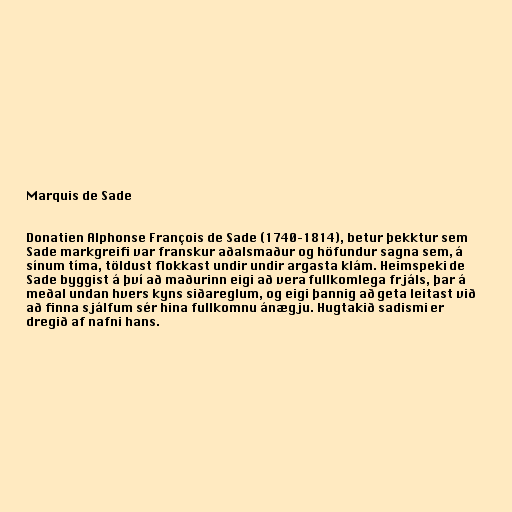
Marquis de Sade

Donatien Alphonse François de Sade (1740–1814), betur þekktur sem
Sade markgreifi var franskur aðalsmaður og höfundur sagna sem, á
sínum tíma, töldust flokkast undir undir argasta klám. Heimspeki de
Sade byggist á því að maðurinn eigi að vera fullkomlega frjáls, þar á
meðal undan hvers kyns siðareglum, og eigi þannig að geta leitast við
að finna sjálfum sér hina fullkomnu ánægju. Hugtakið sadismi er
dregið af nafni hans.